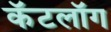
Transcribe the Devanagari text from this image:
कॅटलॉग